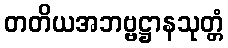
တတိယအဘဗ္ဗဋ္ဌာနသုတ္တံ